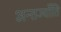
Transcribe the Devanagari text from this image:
अन्तर्ज्योति